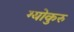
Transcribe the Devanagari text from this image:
ग्योकुरु